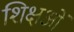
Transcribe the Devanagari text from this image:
शिक्षओं